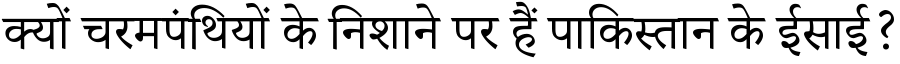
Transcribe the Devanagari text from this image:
क्यों चरमपंथियों के निशाने पर हैं पाकिस्तान के ईसाई?